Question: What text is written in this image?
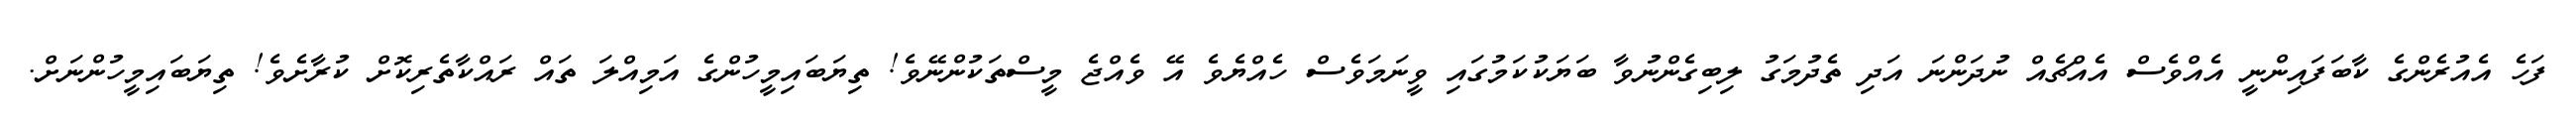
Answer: ފަހެ އެއުރެންގެ ކާބަފައިންނީ އެއްވެސް އެއްޗެއް ނުދަންނަ އަދި ތެދުމަގު ލިބިގެންނުވާ ބަޔަކުކަމުގައި ވީނަމަވެސް ހެއްޔެވެ އޭ ވެއްޖެ މީސްތަކުންނޭވެ! ތިޔަބައިމީހުންގެ އަމިއްލަ ތައް ރައްކާތެރިކޮށް ކުރާށެވެ! ތިޔަބައިމީހުންނަށް.